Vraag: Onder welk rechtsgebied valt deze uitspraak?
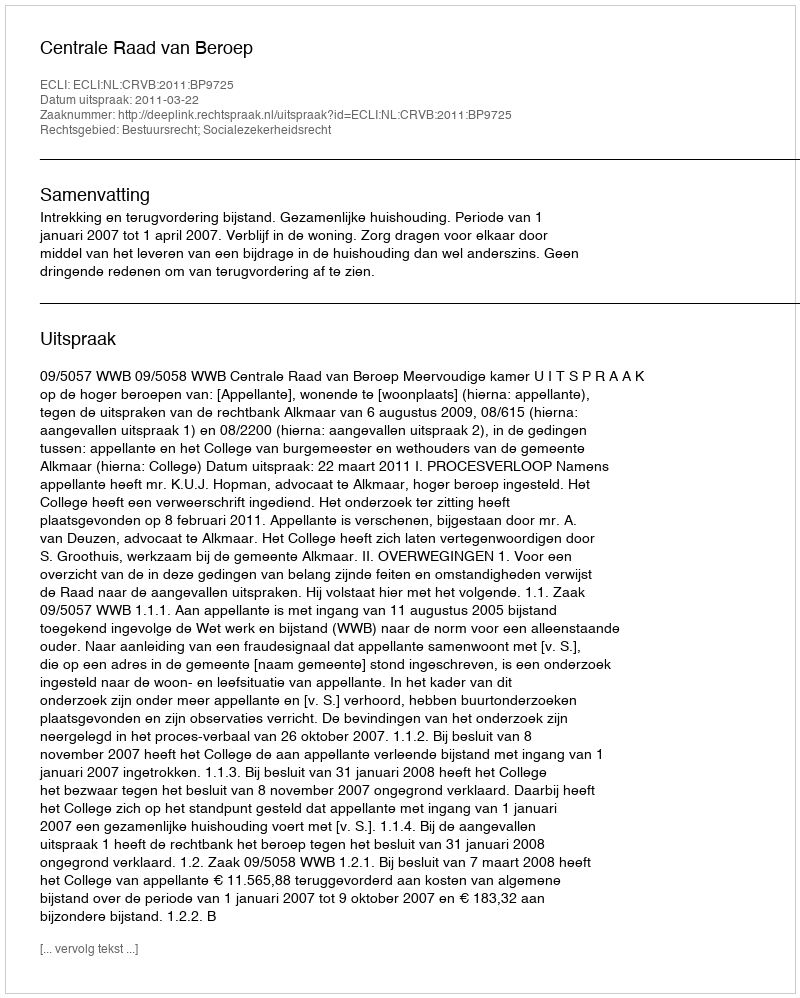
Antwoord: Bestuursrecht; Socialezekerheidsrecht